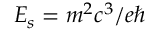
E _ { s } = m ^ { 2 } c ^ { 3 } / e \hbar